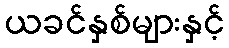
ယခင်နှစ်များနှင့်